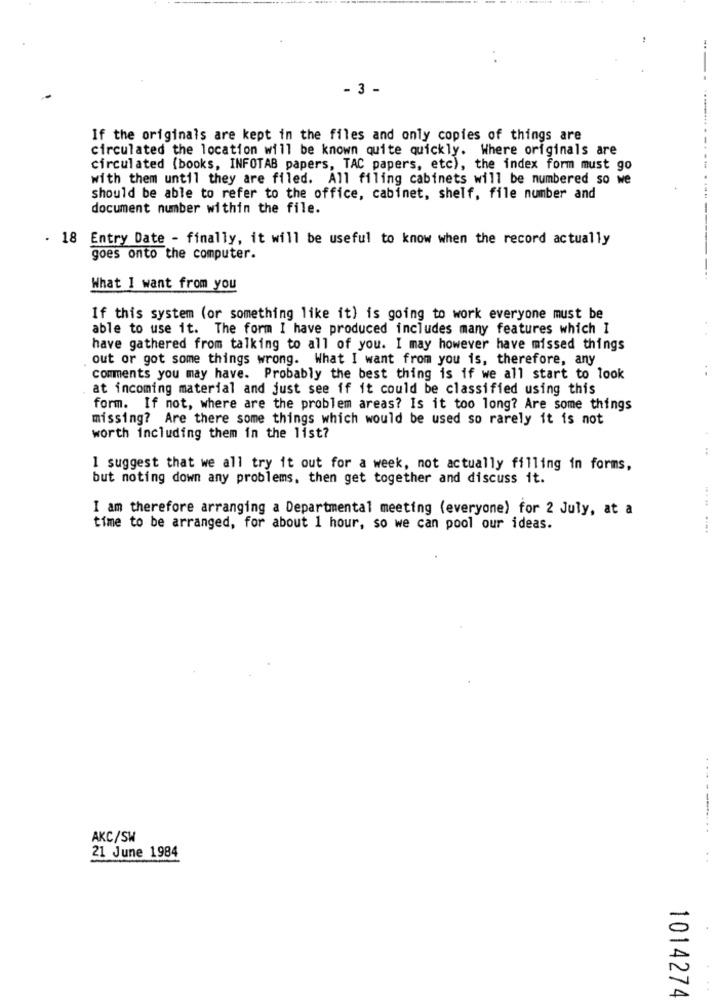
- 3 -
If the originals are kept in the files and only copies of things are
circulated the location will be known quite quickly. Where originals are
circulated (books, INFOTAB papers, TAC papers, etc), the index form must go
with them until they are filed. All filing cabinets will be numbered so we
should be able to refer to the office, cabinet, shelf, file number and
document number within the file.
. 18 Entry Date - finally, it will be useful to know when the record actually
goes onto the computer.
What I want from you
If this system (or something like it) is going to work everyone must be
able to use it. The form I have produced includes many features which I
have gathered from talking to all of you. I may however have missed things
out or got some things wrong. What I want from you is, therefore, any
comments you may have. Probably the best thing is if we all start to look
at incoming material and just see if it could be classified using this
form. If not, where are the problem areas? Is it too long? Are some things
missing? Are there some things which would be used so rarely it is not
worth including them in the list?
I suggest that we all try it out for a week, not actually filling in forms,
but noting down any problems. then get together and discuss it.
I am therefore arranging a Departmental meeting (everyone) for 2 July, at a
time to be arranged, for about 1 hour, so we can pool our ideas.
.---
AKC/SW
21 June 1984
1014274
..